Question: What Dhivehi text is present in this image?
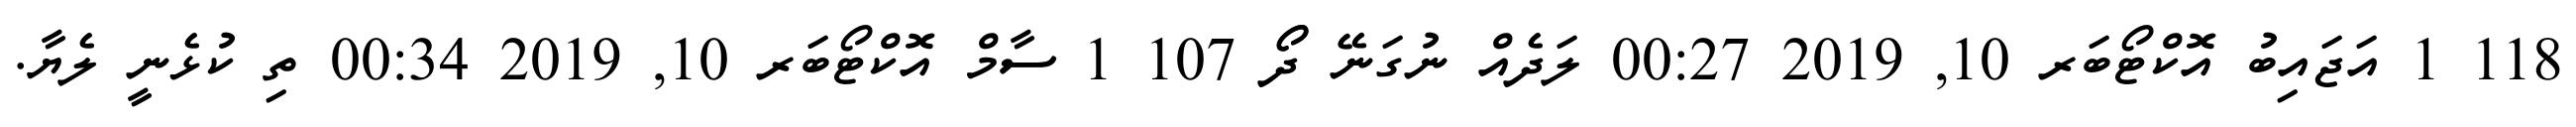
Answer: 118 1 އަޖައިބު އޮކްޓޯބަރ 10, 2019 00:27 ލަދެއް ނުގަނޭ ދޯޯ 107 1 ސާމް އޮކްޓޯބަރ 10, 2019 00:34 ތި ކުޅެނީ ލެޔާ.